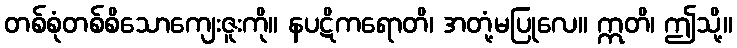
တစ်စုံတစ်စိသောကျေးဇူးကို။ နပဋိကရောတိ၊ အတုံ့မပြုလေ။ ဣတိ၊ ဤသို့။